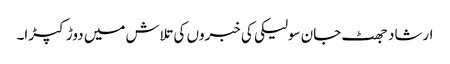
ارشاد جھٹ جان سولیکی کی خبروں کی تلاش میں دوڑ کپڑا۔